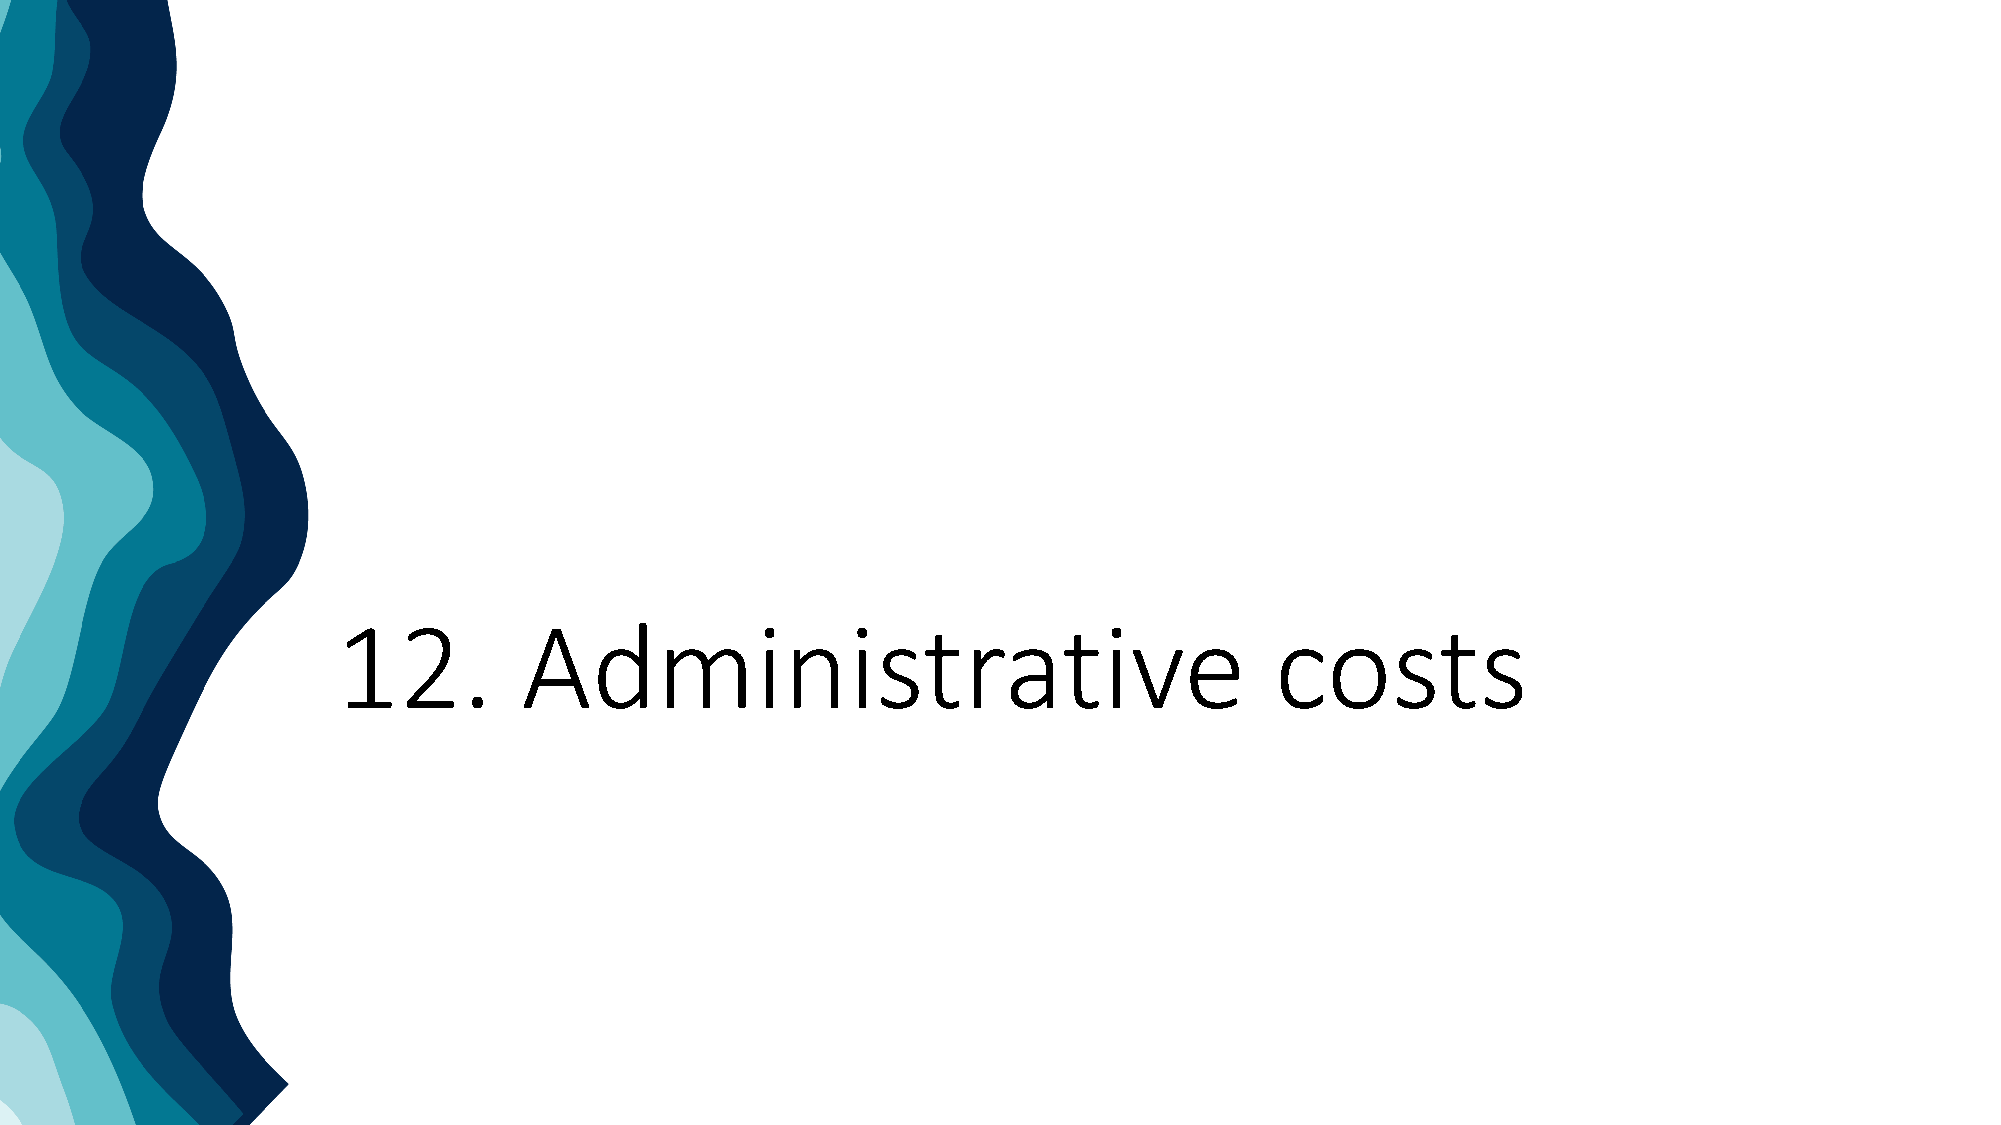
12.         Administrative                                    costs